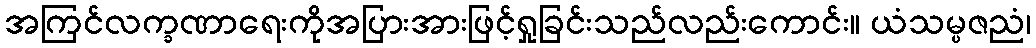
အကြင်လက္ခဏာရေးကိုအပြားအားဖြင့်ရှုခြင်းသည်လည်းကောင်း။ ယံသမ္ပဇညံ၊